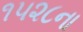
૧૫૨૮ના